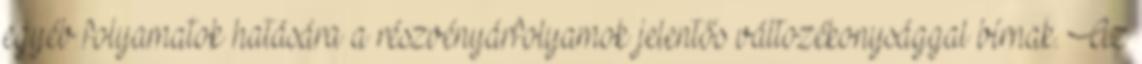
egyéb folyamatok hatására a részvényárfolyamok jelentős változékonysággal bírnak. Az